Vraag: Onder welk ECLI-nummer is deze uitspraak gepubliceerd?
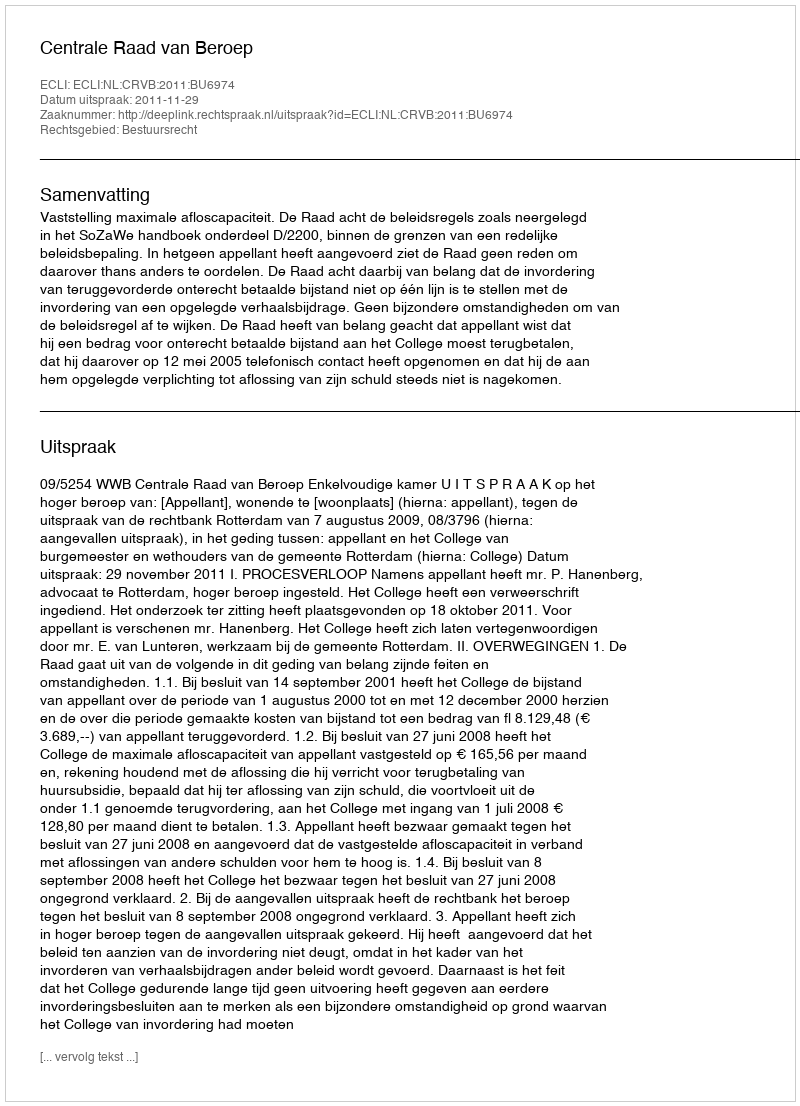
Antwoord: ECLI:NL:CRVB:2011:BU6974